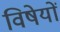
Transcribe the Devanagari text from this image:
विषेयों